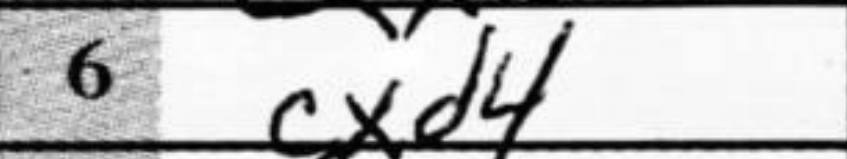
Transcription: cxd4